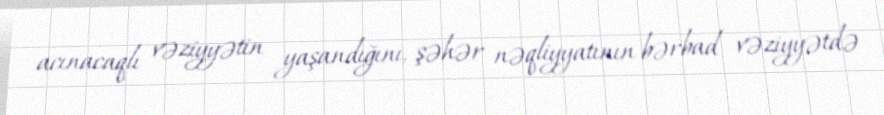
acınacaqlı vəziyyətin yaşandığını, şəhər nəqliyyatının bərbad vəziyyətdə